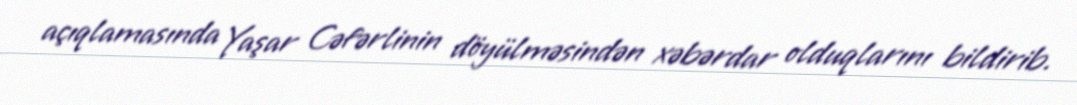
açıqlamasında Yaşar Cəfərlinin döyülməsindən xəbərdar olduqlarını bildirib.